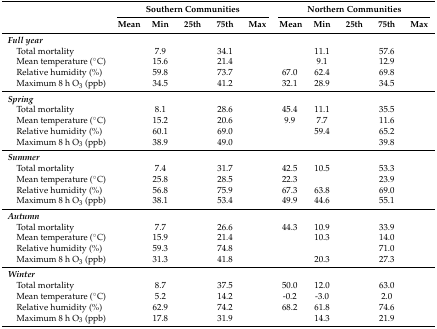
<table><thead><tr><td rowspan="2">[EMPTY_CELL]</td><td colspan="5"><b>Southern Communities</b></td><td colspan="5"><b>Northern Communities</b></td></tr><tr><td><b>Mean</b></td><td><b>Min</b></td><td><b>25th</b></td><td><b>75th</b></td><td><b>Max</b></td><td><b>Mean</b></td><td><b>Min</b></td><td><b>25th</b></td><td><b>75th</b></td><td><b>Max</b></td></tr></thead><tbody><tr><td><i><b>Full year</b></i></td><td>[EMPTY_CELL]</td><td>[EMPTY_CELL]</td><td>[EMPTY_CELL]</td><td>[EMPTY_CELL]</td><td>[EMPTY_CELL]</td><td>[EMPTY_CELL]</td><td>[EMPTY_CELL]</td><td>[EMPTY_CELL]</td><td>[EMPTY_CELL]</td><td>[EMPTY_CELL]</td></tr><tr><td> Total mortality</td><td>[EMPTY_CELL]</td><td>7.9</td><td>[EMPTY_CELL]</td><td>34.1</td><td>[EMPTY_CELL]</td><td>[EMPTY_CELL]</td><td>11.1</td><td>[EMPTY_CELL]</td><td>57.6</td><td>[EMPTY_CELL]</td></tr><tr><td> Mean temperature (°C)</td><td>[EMPTY_CELL]</td><td>15.6</td><td>[EMPTY_CELL]</td><td>21.4</td><td>[EMPTY_CELL]</td><td>[EMPTY_CELL]</td><td>9.1</td><td>[EMPTY_CELL]</td><td>12.9</td><td>[EMPTY_CELL]</td></tr><tr><td> Relative humidity (%)</td><td>[EMPTY_CELL]</td><td>59.8</td><td>[EMPTY_CELL]</td><td>73.7</td><td>[EMPTY_CELL]</td><td>67.0</td><td>62.4</td><td>[EMPTY_CELL]</td><td>69.8</td><td>[EMPTY_CELL]</td></tr><tr><td> Maximum 8 h O<sub>3</sub> (ppb)</td><td>[EMPTY_CELL]</td><td>34.5</td><td>[EMPTY_CELL]</td><td>41.2</td><td>[EMPTY_CELL]</td><td>32.1</td><td>28.9</td><td>[EMPTY_CELL]</td><td>34.5</td><td>[EMPTY_CELL]</td></tr><tr><td><i><b>Spring</b></i></td><td>[EMPTY_CELL]</td><td>[EMPTY_CELL]</td><td>[EMPTY_CELL]</td><td>[EMPTY_CELL]</td><td>[EMPTY_CELL]</td><td>[EMPTY_CELL]</td><td>[EMPTY_CELL]</td><td>[EMPTY_CELL]</td><td>[EMPTY_CELL]</td><td>[EMPTY_CELL]</td></tr><tr><td> Total mortality</td><td>[EMPTY_CELL]</td><td>8.1</td><td>[EMPTY_CELL]</td><td>28.6</td><td>[EMPTY_CELL]</td><td>45.4</td><td>11.1</td><td>[EMPTY_CELL]</td><td>35.5</td><td>[EMPTY_CELL]</td></tr><tr><td> Mean temperature (°C)</td><td>[EMPTY_CELL]</td><td>15.2</td><td>[EMPTY_CELL]</td><td>20.6</td><td>[EMPTY_CELL]</td><td>9.9</td><td>7.7</td><td>[EMPTY_CELL]</td><td>11.6</td><td>[EMPTY_CELL]</td></tr><tr><td> Relative humidity (%)</td><td>[EMPTY_CELL]</td><td>60.1</td><td>[EMPTY_CELL]</td><td>69.0</td><td>[EMPTY_CELL]</td><td>[EMPTY_CELL]</td><td>59.4</td><td>[EMPTY_CELL]</td><td>65.2</td><td>[EMPTY_CELL]</td></tr><tr><td> Maximum 8 h O<sub>3</sub> (ppb)</td><td>[EMPTY_CELL]</td><td>38.9</td><td>[EMPTY_CELL]</td><td>49.0</td><td>[EMPTY_CELL]</td><td>[EMPTY_CELL]</td><td>[EMPTY_CELL]</td><td>[EMPTY_CELL]</td><td>39.8</td><td>[EMPTY_CELL]</td></tr><tr><td><i><b>Summer</b></i></td><td>[EMPTY_CELL]</td><td>[EMPTY_CELL]</td><td>[EMPTY_CELL]</td><td>[EMPTY_CELL]</td><td>[EMPTY_CELL]</td><td>[EMPTY_CELL]</td><td>[EMPTY_CELL]</td><td>[EMPTY_CELL]</td><td>[EMPTY_CELL]</td><td>[EMPTY_CELL]</td></tr><tr><td> Total mortality</td><td>[EMPTY_CELL]</td><td>7.4</td><td>[EMPTY_CELL]</td><td>31.7</td><td>[EMPTY_CELL]</td><td>42.5</td><td>10.5</td><td>[EMPTY_CELL]</td><td>53.3</td><td>[EMPTY_CELL]</td></tr><tr><td> Mean temperature (°C)</td><td>[EMPTY_CELL]</td><td>25.8</td><td>[EMPTY_CELL]</td><td>28.5</td><td>[EMPTY_CELL]</td><td>22.3</td><td>[EMPTY_CELL]</td><td>[EMPTY_CELL]</td><td>23.9</td><td>[EMPTY_CELL]</td></tr><tr><td> Relative humidity (%)</td><td>[EMPTY_CELL]</td><td>56.8</td><td>[EMPTY_CELL]</td><td>75.9</td><td>[EMPTY_CELL]</td><td>67.3</td><td>63.8</td><td>[EMPTY_CELL]</td><td>69.0</td><td>[EMPTY_CELL]</td></tr><tr><td> Maximum 8 h O<sub>3</sub> (ppb)</td><td>[EMPTY_CELL]</td><td>38.1</td><td>[EMPTY_CELL]</td><td>53.4</td><td>[EMPTY_CELL]</td><td>49.9</td><td>44.6</td><td>[EMPTY_CELL]</td><td>55.1</td><td>[EMPTY_CELL]</td></tr><tr><td><i><b>Autumn</b></i></td><td>[EMPTY_CELL]</td><td>[EMPTY_CELL]</td><td>[EMPTY_CELL]</td><td>[EMPTY_CELL]</td><td>[EMPTY_CELL]</td><td>[EMPTY_CELL]</td><td>[EMPTY_CELL]</td><td>[EMPTY_CELL]</td><td>[EMPTY_CELL]</td><td>[EMPTY_CELL]</td></tr><tr><td> Total mortality</td><td>[EMPTY_CELL]</td><td>7.7</td><td>[EMPTY_CELL]</td><td>26.6</td><td>[EMPTY_CELL]</td><td>44.3</td><td>10.9</td><td>[EMPTY_CELL]</td><td>33.9</td><td>[EMPTY_CELL]</td></tr><tr><td> Mean temperature (°C)</td><td>[EMPTY_CELL]</td><td>15.9</td><td>[EMPTY_CELL]</td><td>21.4</td><td>[EMPTY_CELL]</td><td>[EMPTY_CELL]</td><td>10.3</td><td>[EMPTY_CELL]</td><td>14.0</td><td>[EMPTY_CELL]</td></tr><tr><td> Relative humidity (%)</td><td>[EMPTY_CELL]</td><td>59.3</td><td>[EMPTY_CELL]</td><td>74.8</td><td>[EMPTY_CELL]</td><td>[EMPTY_CELL]</td><td>[EMPTY_CELL]</td><td>[EMPTY_CELL]</td><td>71.0</td><td>[EMPTY_CELL]</td></tr><tr><td> Maximum 8 h O<sub>3</sub> (ppb)</td><td>[EMPTY_CELL]</td><td>31.3</td><td>[EMPTY_CELL]</td><td>41.8</td><td>[EMPTY_CELL]</td><td>[EMPTY_CELL]</td><td>20.3</td><td>[EMPTY_CELL]</td><td>27.3</td><td>[EMPTY_CELL]</td></tr><tr><td><i><b>Winter</b></i></td><td>[EMPTY_CELL]</td><td>[EMPTY_CELL]</td><td>[EMPTY_CELL]</td><td>[EMPTY_CELL]</td><td>[EMPTY_CELL]</td><td>[EMPTY_CELL]</td><td>[EMPTY_CELL]</td><td>[EMPTY_CELL]</td><td>[EMPTY_CELL]</td><td>[EMPTY_CELL]</td></tr><tr><td> Total mortality</td><td>[EMPTY_CELL]</td><td>8.7</td><td>[EMPTY_CELL]</td><td>37.5</td><td>[EMPTY_CELL]</td><td>50.0</td><td>12.0</td><td>[EMPTY_CELL]</td><td>63.0</td><td>[EMPTY_CELL]</td></tr><tr><td> Mean temperature (°C)</td><td>[EMPTY_CELL]</td><td>5.2</td><td>[EMPTY_CELL]</td><td>14.2</td><td>[EMPTY_CELL]</td><td>-0.2</td><td>-3.0</td><td>[EMPTY_CELL]</td><td>2.0</td><td>[EMPTY_CELL]</td></tr><tr><td> Relative humidity (%)</td><td>[EMPTY_CELL]</td><td>62.9</td><td>[EMPTY_CELL]</td><td>74.2</td><td>[EMPTY_CELL]</td><td>68.2</td><td>61.8</td><td>[EMPTY_CELL]</td><td>74.6</td><td>[EMPTY_CELL]</td></tr><tr><td> Maximum 8 h O<sub>3</sub> (ppb)</td><td>[EMPTY_CELL]</td><td>17.8</td><td>[EMPTY_CELL]</td><td>31.9</td><td>[EMPTY_CELL]</td><td>[EMPTY_CELL]</td><td>14.3</td><td>[EMPTY_CELL]</td><td>21.9</td><td>[EMPTY_CELL]</td></tr></tbody></table>